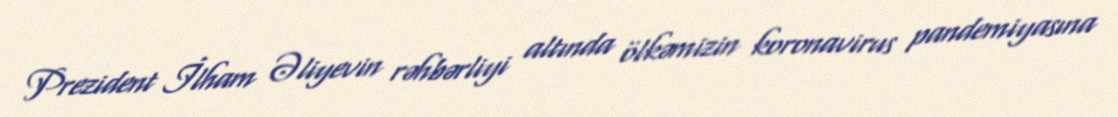
Prezident İlham Əliyevin rəhbərliyi altında ölkəmizin koronavirus pandemiyasına